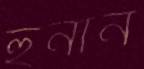
হুনান